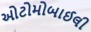
ઓટોમોબાઈલી